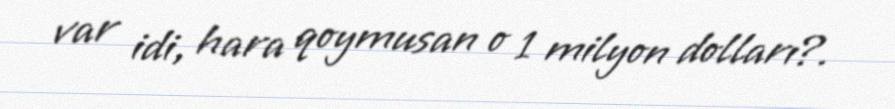
var idi, hara qoymusan o 1 milyon dolları?.